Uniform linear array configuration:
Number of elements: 32
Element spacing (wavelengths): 0.25
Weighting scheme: uniform
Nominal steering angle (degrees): -60
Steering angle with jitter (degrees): -61.586
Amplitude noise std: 0.05
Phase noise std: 0.05

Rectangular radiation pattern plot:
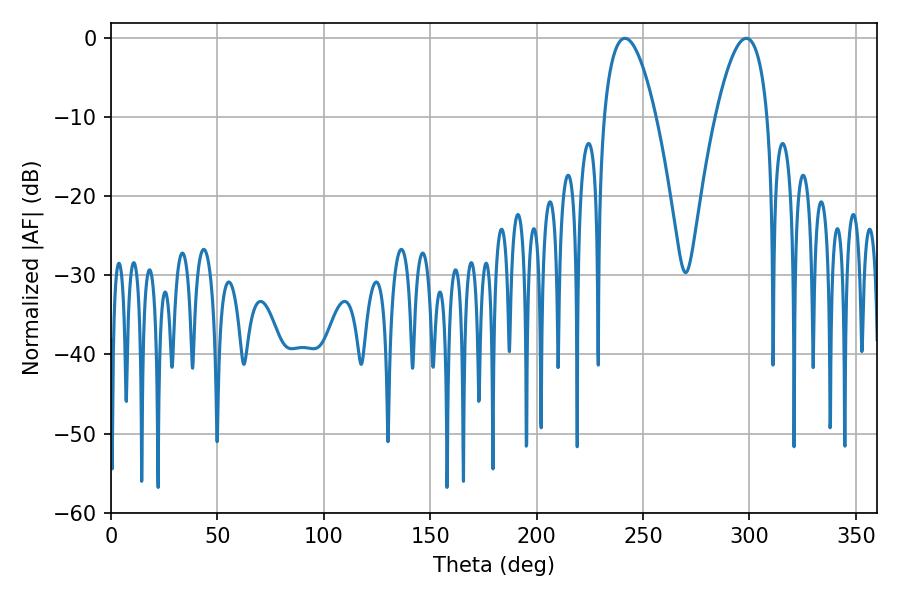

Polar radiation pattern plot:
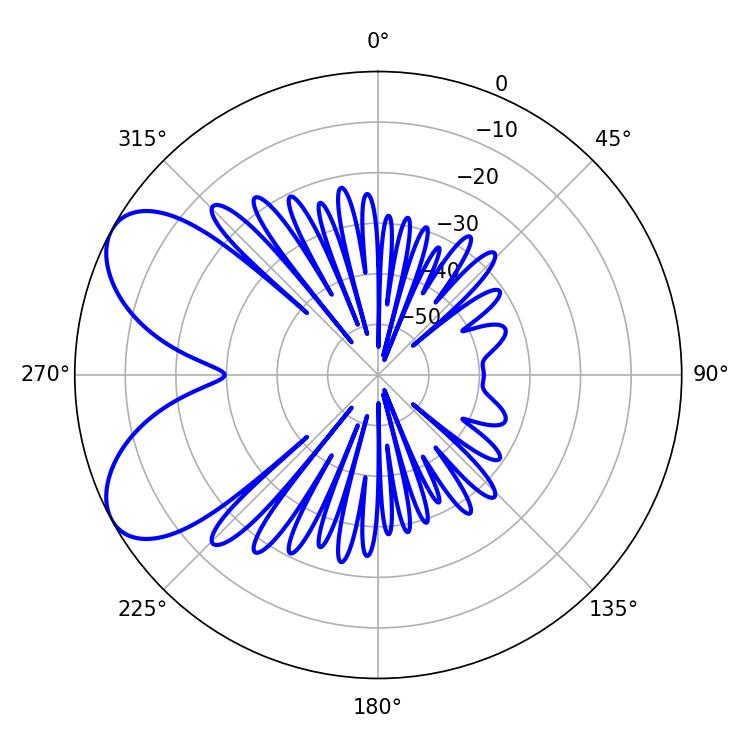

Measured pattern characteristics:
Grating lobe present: FALSE
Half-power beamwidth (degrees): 13.5
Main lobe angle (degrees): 241.56